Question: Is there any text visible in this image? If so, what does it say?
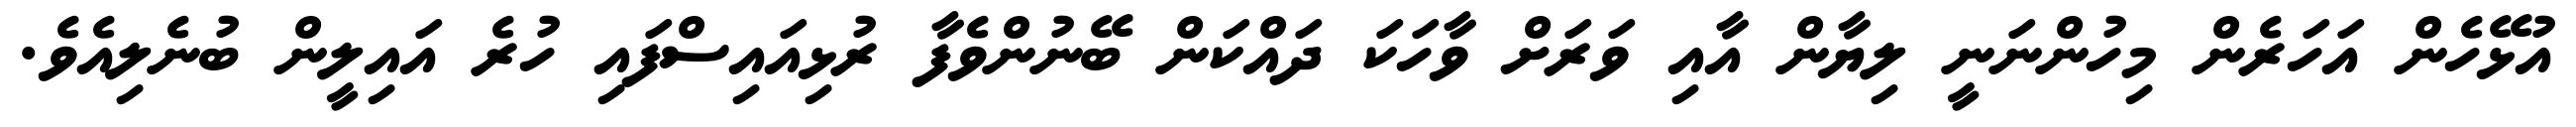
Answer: އުޅޭހެން އަހަރެން މިހުންނަނީ ލިޔާން އާއި ވަރަށް ވާހަކަ ދައްކަން ބޭނުންވެފާ ރުޅިއައިސްފައި ހުރެ އައިލީން ބުނެލިއެވެ.